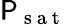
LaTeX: \mathsf{P}_{\mathrm{{~s~a~t~}}}